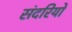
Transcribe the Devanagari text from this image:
संदरियों